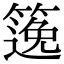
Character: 𥱃